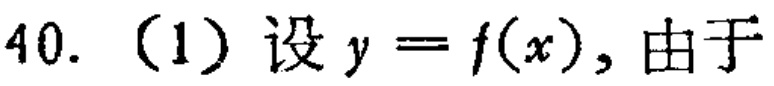
40. （1）设\(y = f(x)\)，由于